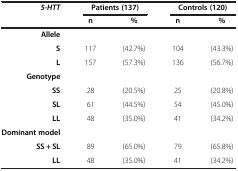
| 5-HTT | <COLSPAN=2> Patients (137) | <COLSPAN=2> Controls (120) |
 |  | n | % | n | % |
 | --- | --- | --- | --- | --- |
 | Allele | <COLSPAN=4>  |
 | S | 117 | (42.7%) | 104 | (43.3%) |
 | L | 157 | (57.3%) | 136 | (56.7%) |
 | Genotype | <COLSPAN=4>  |
 | SS | 28 | (20.5%) | 25 | (20.8%) |
 | SL | 61 | (44.5%) | 54 | (45.0%) |
 | LL | 48 | (35.0%) | 41 | (34.2%) |
 | Dominant model | <COLSPAN=4>  |
 | SS + SL | 89 | (65.0%) | 79 | (65.8%) |
 | LL | 48 | (35.0%) | 41 | (34.2%) |